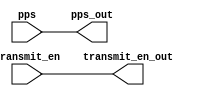
module test (pps,pps_out,transmit_en,transmit_en_out);
input   pps;
input   transmit_en;

output  wire transmit_en_out;
output  wire pps_out;

assign pps_out=pps;
assign transmit_en_out=transmit_en;


endmodule